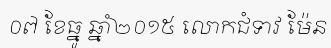
០៧ ខែធ្នូ ឆ្នាំ២០១៥ លោកជំទាវ ម៉ែន